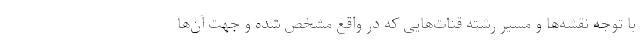
با توجه نقشه‌ها و مسیر رشته قنات‌هایی که در واقع مشخص شده و جهت آن‌ها